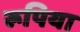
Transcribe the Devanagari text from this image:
रूपिया